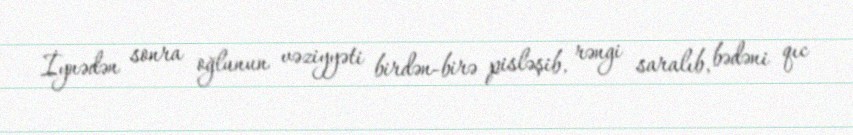
İynədən sonra oğlunun vəziyyəti birdən-birə pisləşib, rəngi saralıb, bədəni qıc